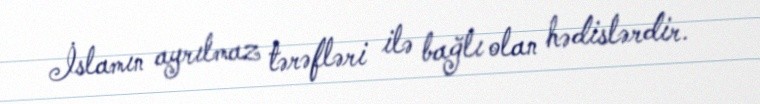
İslamın ayrılmaz tərəfləri ilə bağlı olan hədislərdir.